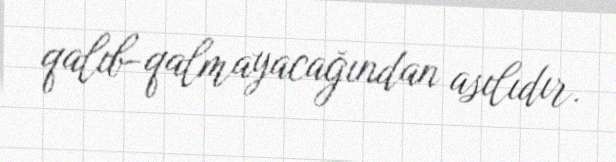
qalıb-qalmayacağından asılıdır.